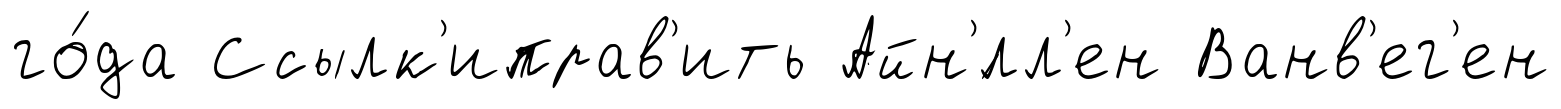
го́да Ссылк'иправ'ить Айн'́лл'ен Ванв'ег'ен